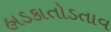
હાડકાતોડતાવ